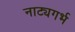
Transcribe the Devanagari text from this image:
नाट्यगर्भ